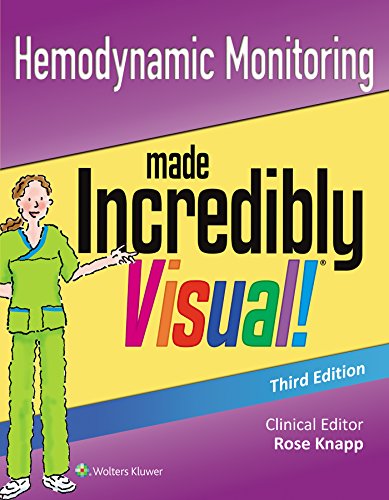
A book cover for Hemodynamic Monitoring Made Incredibly Visual (Incredibly Easy! SeriesÂ®); Lippincott Williams & Wilkins; Medical Books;